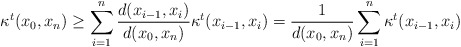
\begin{align*} \kappa^t ( x_0, x_n) \ge \sum_{i = 1}^n \frac{d ( x_{i - 1}, x_i)}{d ( x_0, x_n)} \kappa^t ( x_{i - 1}, x_i) = \frac{1}{d ( x_0, x_n)} \sum_{i = 1}^n \kappa^t ( x_{i - 1}, x_i) \end{align*}